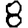
Digit: 8